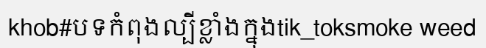
khob#បទកំពុងល្បីខ្លាំងក្នុងtik_toksmoke weed